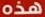
هذه